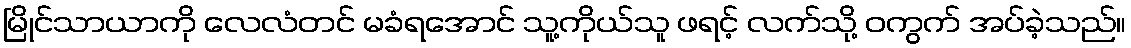
မြိုင်သာယာကို လေလံတင် မခံရအောင် သူ့ကိုယ်သူ ဖရင့် လက်သို့ ဝကွက် အပ်ခဲ့သည်။